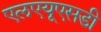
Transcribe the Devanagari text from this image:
एलएयूएसडी